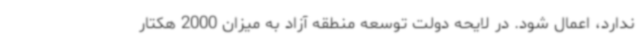
ندارد، اعمال شود. در لایحه دولت توسعه منطقه آزاد به میزان 2000 هکتار